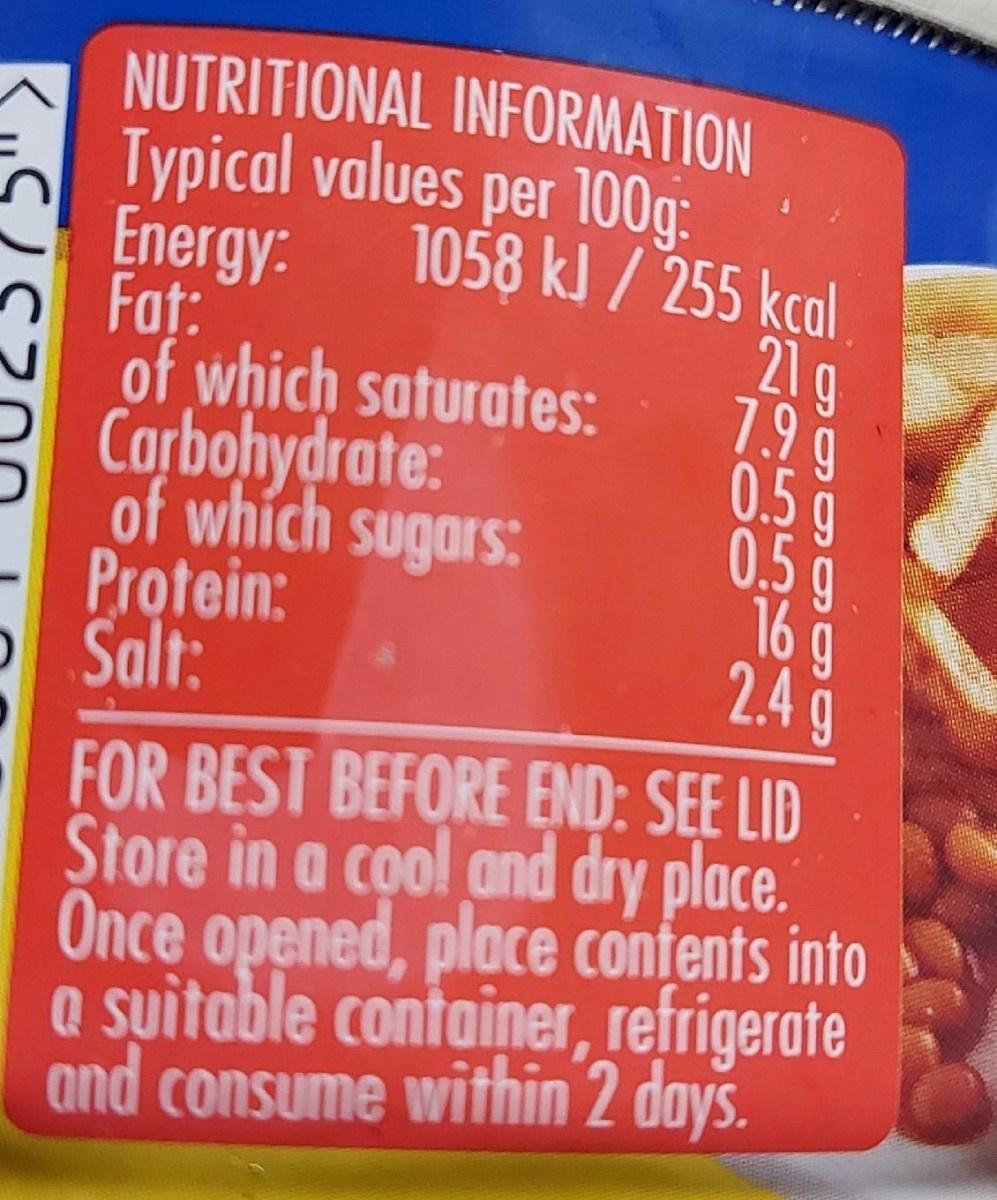
NUTRITIONAL INFORMATION Typical values per 100g: 1058 kl / 255 kcal 21g 199 0.5g 0.5g 16 g 2.4
Energy: Fat:
of which saturates:
2 Carbohydrate:
of which sugars:
Protein: OSalt:
FOR BEST BEFORE END: SEE LID Store in a cool and dry ploce. Once opened, ploce confents into a suitable container, refrigerate and consume within 2 days.
166 1L O